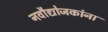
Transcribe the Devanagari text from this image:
नवौद्योजकांना